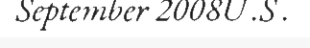
September 2008U .S .